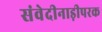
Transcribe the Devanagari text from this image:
संवेदीनाड़ीपरक